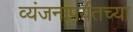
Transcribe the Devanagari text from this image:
व्यंजनापर्यंतच्या